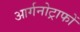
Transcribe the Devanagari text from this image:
आर्गनोट्राफों